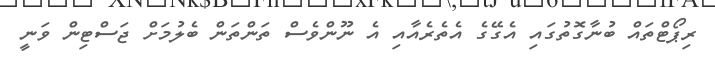
ރިޕޯޓްތައް ބުނާގޮތުގައި އެގޭގެ އެތެރެއާއި އެ ނޫންވެސް ތަންތަން ބެލުމަށް ޖަސްޓިން ވަނީ